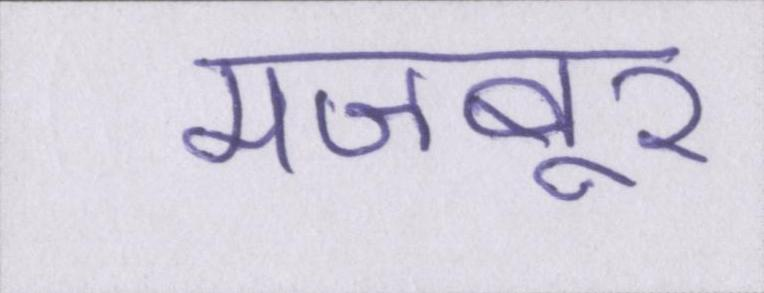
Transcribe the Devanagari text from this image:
मजबूर